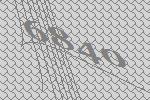
6840